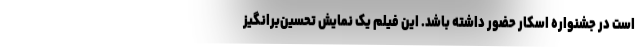
است در جشنواره اسکار حضور داشته باشد. این فیلم یک نمایش تحسین‌برانگیز